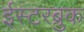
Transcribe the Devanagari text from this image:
ईस्टरब्रुक